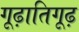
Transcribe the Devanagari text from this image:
गूढ़ातिगूढ़